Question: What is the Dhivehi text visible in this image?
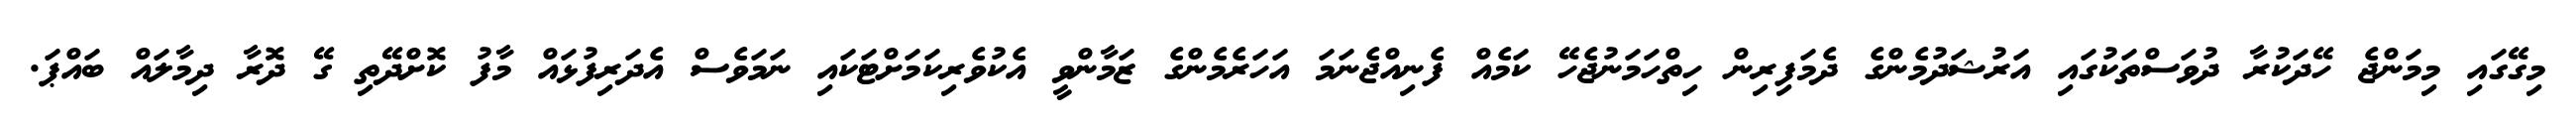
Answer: މިގޭގައި މިމަންޖެ ހޭދަކުރާ ދުވަސްތަކުގައި އަރުޝަދުމެންގެ ދެމަފިރިން ހިތްހަމަނުޖެހޭ ކަމެއް ފެނިއްޖެނަމަ އަހަރެމެންގެ ޒަމާންވީ އެކުވެރިކަމަށްޓަކައި ނަމަވެސް އެދަރިފުޅައް މާފު ކޮށްދޭތި ގޭ ދޮރާ ދިމާލައް ބައްޕަ.